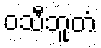
ဝသီဘူတံ